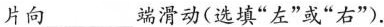
片向___端滑动(选填”左”或”右”).